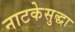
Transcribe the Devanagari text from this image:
नाटकेसुद्धा